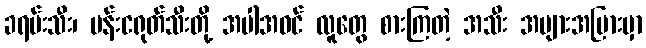
ခရမ်းသီး၊ ပန်းငရုတ်သီးတို့ အပါအဝင် လူတွေ စားကြတဲ့ အသီး အများအပြားမှာ